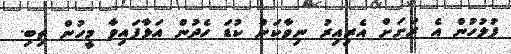
ފުލުހުން އެ ރަށަށް އެރިއިރު ނިވާކަން ކުޑަ ހެދުން އަޅާފައިވާ މީހުން ތިބި.